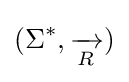
(\Sigma ^{*},{\xrightarrow[{R}]{}})